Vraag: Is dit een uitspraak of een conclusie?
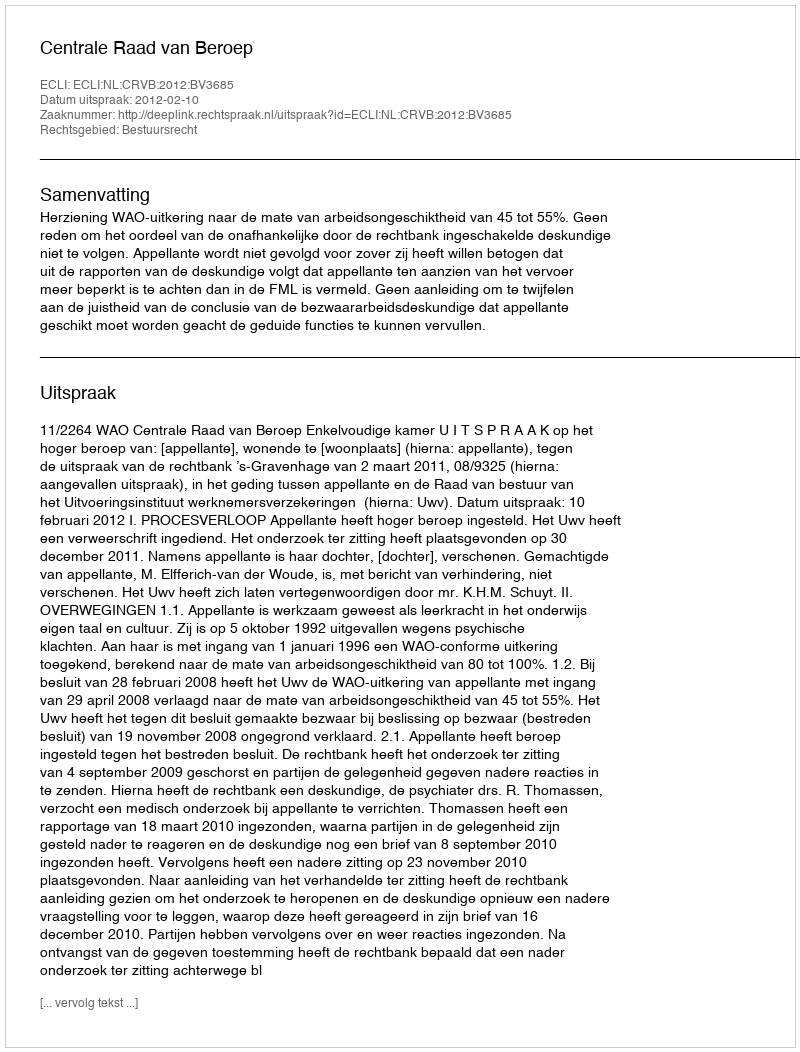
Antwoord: Uitspraak